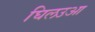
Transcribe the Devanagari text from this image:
घिलउआ